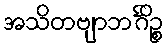
အသိတဗျာဘင်္ဂိဉ္စ